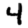
Digit: 4